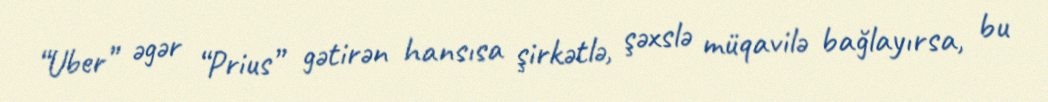
“Uber” əgər “Prius” gətirən hansısa şirkətlə, şəxslə müqavilə bağlayırsa, bu